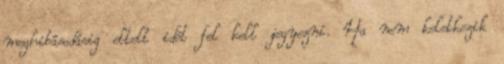
meghibásodásig eltelt idõt fel kell jegyezni. Ha nem keletkezik